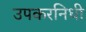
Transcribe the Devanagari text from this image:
उपकरनिधी